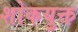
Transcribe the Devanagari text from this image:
शोकयुक्त